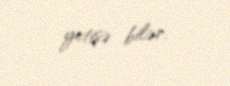
yetişə bilər.